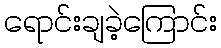
ရောင်းချခဲ့ကြောင်း